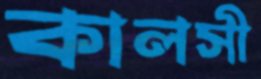
কালসী